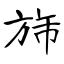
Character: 旆